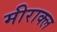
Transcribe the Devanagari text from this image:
मीराक्ल